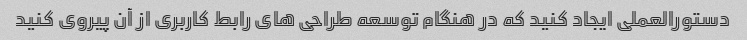
دستورالعملی ایجاد کنید که در هنگام توسعه طراحی های رابط کاربری از آن پیروی کنید